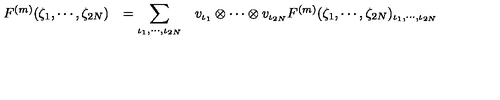
\begin{array} { r c l } { F ^ { ( m ) } ( \zeta _ { 1 } , \cdots , \zeta _ { 2 N } ) } & { = \displaystyle \sum _ { \iota _ { 1 } , \cdots , \iota _ { 2 N } } } & { v _ { \iota _ { 1 } } \otimes \cdots \otimes v _ { \iota _ { 2 N } } F ^ { ( m ) } ( \zeta _ { 1 } , \cdots , \zeta _ { 2 N } ) _ { \iota _ { 1 } , \cdots , \iota _ { 2 N } } } \\ \end{array}